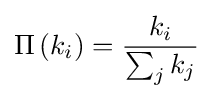
\Pi \left(k_{i}\right)={\frac {k_{i}}{\sum _{j}k_{j}}}